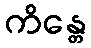
ကိန္တေ